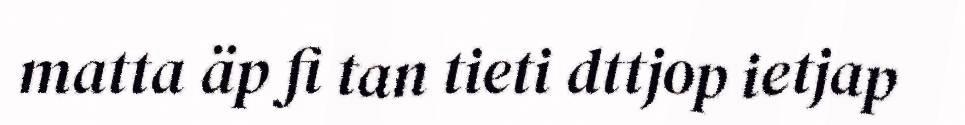
matta äp fi tan tieti dttjop ietjap